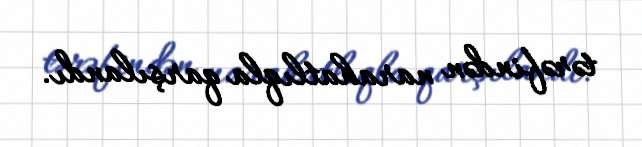
tərəfindən narahatlıqla qarşılandı.